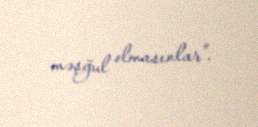
məşğul olmasınlar”.